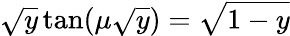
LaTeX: \sqrt{y}\tan(\mu\sqrt{y})=\sqrt{1-y}